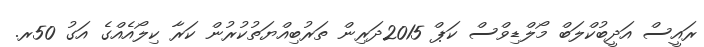
ރައީސް އަދީބުކްލަބް މޯލްޑިވްސް ކަޕް 2015ދަރިން ތަރުބިއްޔަތުކުރުން ކަރާ ކިލޯއެއްގެ އަގު 50ރ.